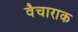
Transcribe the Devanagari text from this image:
वैचाराक